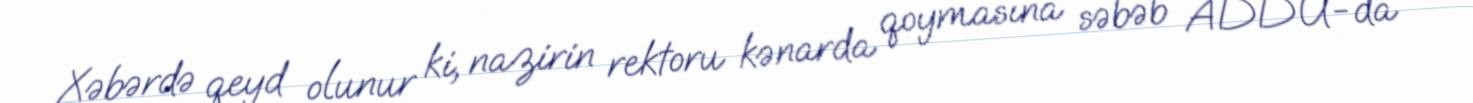
Xəbərdə qeyd olunur ki, nazirin rektoru kənarda qoymasına səbəb ADDU-da